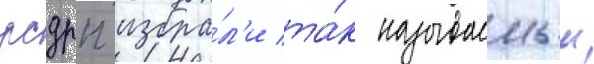
рсдрп избра́л'и та́к называемыи